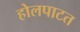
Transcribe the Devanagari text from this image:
होलपाटत